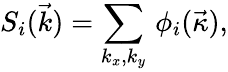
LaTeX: S_{i}(\vec{k})=\sum_{k_{x},k_{y}}\, \phi_{i}(\vec{\kappa}),